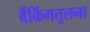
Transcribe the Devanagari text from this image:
बैंकिंगतुलना